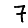
Digit: 7